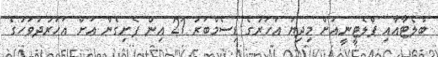
ބްލެޓާއާއި ޕްލެޓީނީއަށް މިދިޔަ އަހަރުގެ ޑިސެމްބަރު 21 އިން ފެށިގެން އަށް އަހަރުދުވަހުގެ